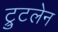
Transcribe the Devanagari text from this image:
ट्रुटलेन